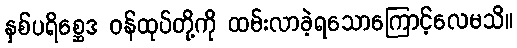
နှစ်ပရိစ္ဆေဒ ဝန်ထုပ်တို့ကို ထမ်းလာခဲ့ရသောကြောင့်လေမသိ။